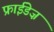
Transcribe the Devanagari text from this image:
फ्राईडेज़